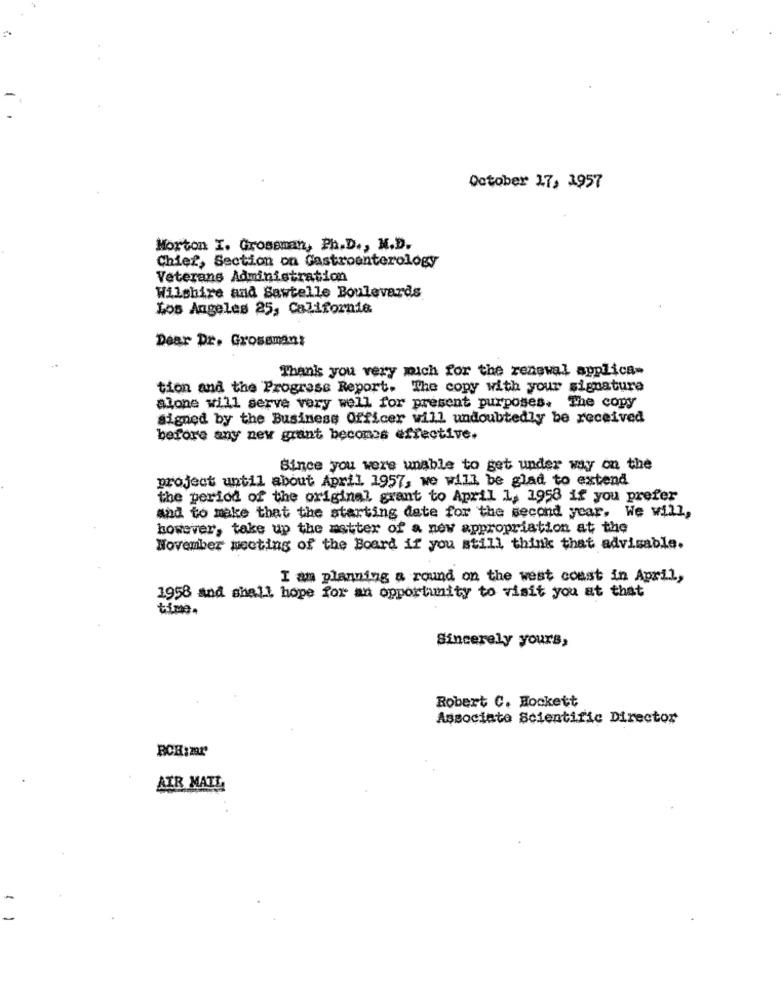
October 17, 1957
Morton I. Grossman, Ph.D ., N.D.
Chief, Section on Gastroenterology
Veterans Administration
Wilshire and Sawtelle Boulevards
Los Angeles 25, California
Dear Dr. Grosamant
Thank you very mich for the renewal applica-
tion and the Progress Report. The copy with your signature
alone will serve very well for present purposes. The copy
signed by the Business Officer will undoubtedly be received
before any new grant becomes effective.
Since you were unable to get under way on the
project until about April 1957, we will be glad to extend
the period of the original grant to April 1, 1958 if you prefer
and to make that the starting date for the second year, We will,
however, take up the matter of a new appropriation at the
November meeting of the Board if you still think that advisable.
I am planning a round on the west coast in April,
1958 and shall hope for an opportunity to visit you at that
time.
Sincerely yours,
Robert C. Hockett
Associate Scientific Director
BCH:mr
AIR MAIL